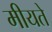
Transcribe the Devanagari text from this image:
मीयते